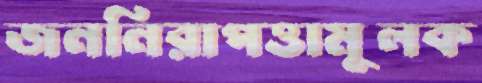
জননিরাপত্তামূলক